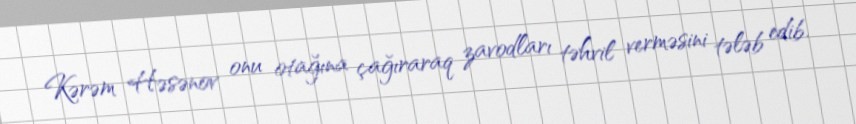
Kərəm Həsənov onu otağına çağıraraq zavodları təhvil verməsini tələb edib.